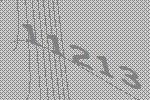
11213